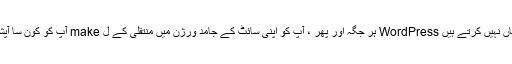
اس نے کہا ، یہاں تک کہ اگر آپ اپنی بہت سی تبدیلیاں نہیں کرتے ہیں WordPress ہر جگہ اور پھر ، آپ کو اپنی سائٹ کے جامد ورژن میں منتقلی کے ل make آپ کو کون سا آپشن استعمال کرنے کی ضرورت پر غور کرنا چاہئے۔